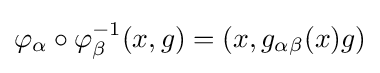
\varphi _{\alpha }\circ \varphi _{\beta }^{-1}(x,g)=(x,g_{\alpha \beta }(x)g)